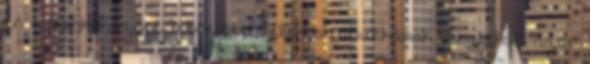
és a Bank között létrejött, Felek szándékának megfelelő azon